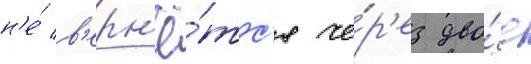
н'е́ в'ерн'ё́тс'я че́р'ез дво́е